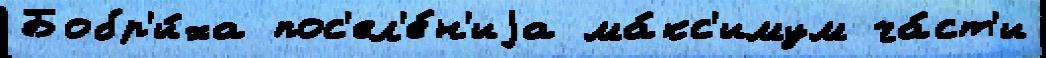
Бобр'и́ха пос'ел'е́н'иjа ма́кс'имум ча́ст'и